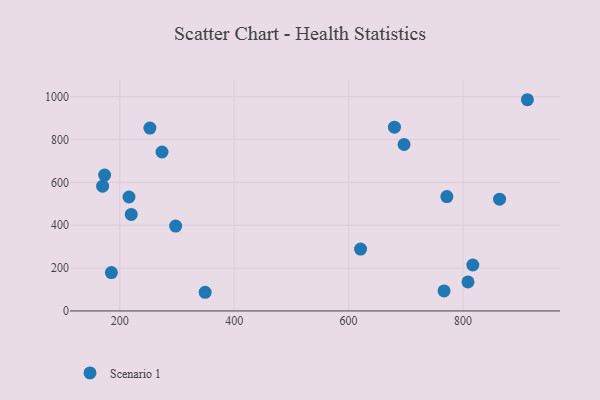
{"axis": {"x": "Study Hours", "y": "Yield"}, "legend": ["Scenario 1"], "data": [{"x": "273.9", "y": 741.7, "type": "Scenario 1"}, {"x": "680.1", "y": 857.4, "type": "Scenario 1"}, {"x": "220.1", "y": 450.5, "type": "Scenario 1"}, {"x": "808.6", "y": 135.5, "type": "Scenario 1"}, {"x": "863.8", "y": 521.6, "type": "Scenario 1"}, {"x": "766.8", "y": 93.3, "type": "Scenario 1"}, {"x": "185.4", "y": 179.2, "type": "Scenario 1"}, {"x": "252.7", "y": 853.6, "type": "Scenario 1"}, {"x": "216.2", "y": 531.8, "type": "Scenario 1"}, {"x": "620.9", "y": 288.5, "type": "Scenario 1"}, {"x": "771.7", "y": 533.7, "type": "Scenario 1"}, {"x": "349.3", "y": 87.1, "type": "Scenario 1"}, {"x": "696.9", "y": 776.7, "type": "Scenario 1"}, {"x": "170.1", "y": 582.2, "type": "Scenario 1"}, {"x": "817.0", "y": 214.4, "type": "Scenario 1"}, {"x": "297.7", "y": 396.0, "type": "Scenario 1"}, {"x": "173.6", "y": 633.9, "type": "Scenario 1"}, {"x": "912.4", "y": 985.7, "type": "Scenario 1"}]}